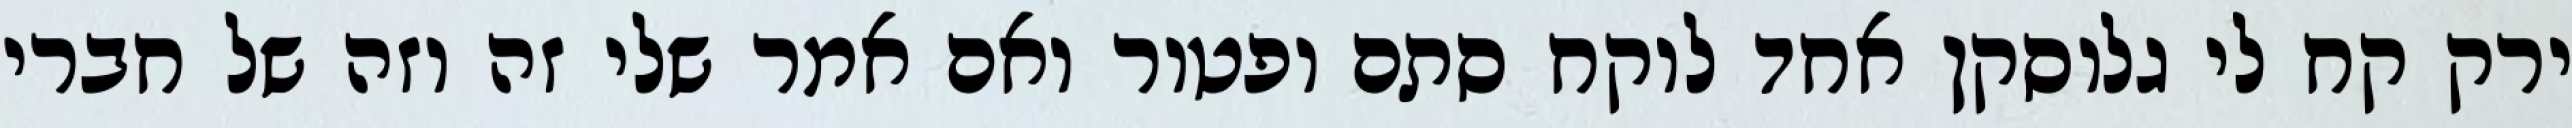
ירק קח לי גלוסקן אחד לוקח סתם ופטור ואם אמר שלי זה וזה של חברי